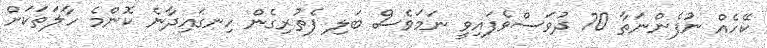
ކޭހެއް ނުފެންނަތާ 70 ދުވަސްވެފައިވީ ނަމަވެސް ބަލި ފެތުރިގެން ހިނގައިދާނެ ކޮންމެ ހާލަތަކަށް